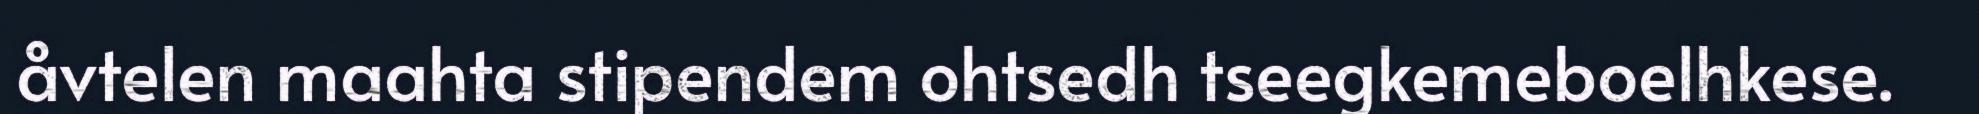
åvtelen maahta stipendem ohtsedh tseegkemeboelhkese.